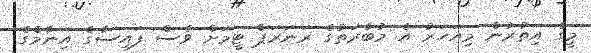
މީގެ އިތުރުން މިއަހަރު އެ މުބާރަތުގެ ރަނަރަޕް ޓީމަށް ވެސް ފައިސާގެ އިނާމްގެ